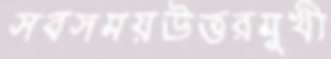
সবসময়উত্তরমুখী